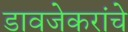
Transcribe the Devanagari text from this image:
डावजेकरांचे